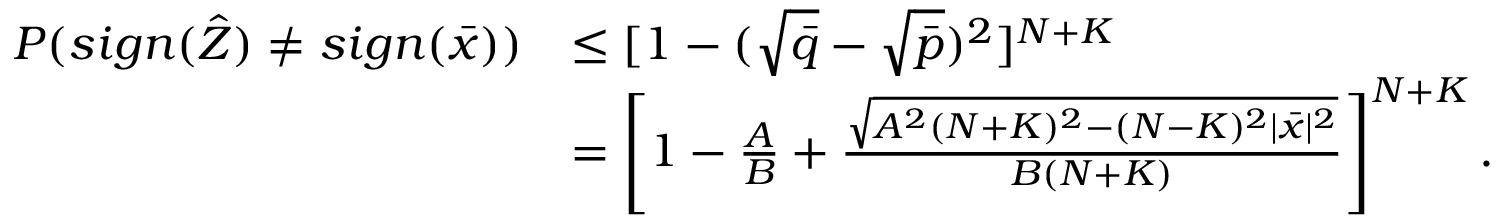
\begin{array} { r l } { P ( s i g n ( \hat { Z } ) \neq s i g n ( \Bar { x } ) ) } & { \leq [ 1 - ( \sqrt { \Bar { q } } - \sqrt { \Bar { p } } ) ^ { 2 } ] ^ { N + K } } \\ & { = \left[ 1 - \frac { A } { B } + \frac { \sqrt { A ^ { 2 } ( N + K ) ^ { 2 } - ( N - K ) ^ { 2 } | \Bar { x } | ^ { 2 } } } { B ( N + K ) } \right] ^ { N + K } . } \end{array}